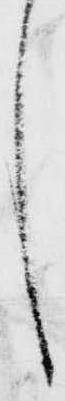
し